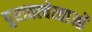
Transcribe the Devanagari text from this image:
पुरातत्‍वेत्‍ताओं